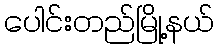
ပေါင်းတည်မြို့နယ်